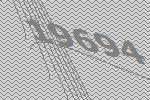
19694